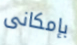
بإمكانى